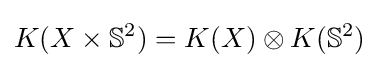
K(X\times \mathbb {S} ^{2})=K(X)\otimes K(\mathbb {S} ^{2})